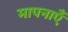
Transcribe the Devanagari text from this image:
मापनाएँ